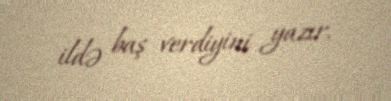
ildə baş verdiyini yazır.